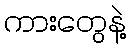
ကားတွေနဲ့